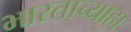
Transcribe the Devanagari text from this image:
भारताच्याहा